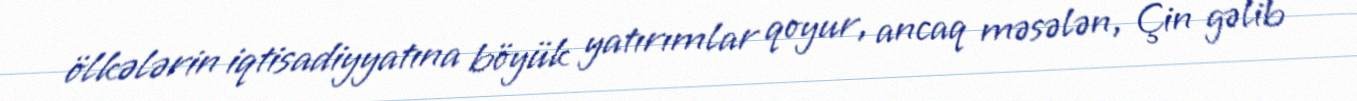
ölkələrin iqtisadiyyatına böyük yatırımlar qoyur, ancaq məsələn, Çin gəlib